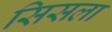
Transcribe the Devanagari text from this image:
सिसला